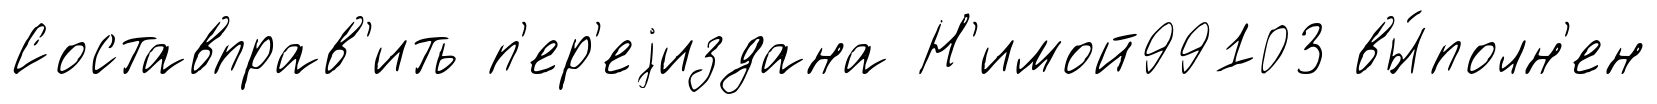
Составправ'ить п'ер'еjиздана Н'имой99103 вы́полн'ен